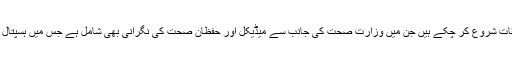
مذکورہ واقعہ منظر عام پر آنے کے بعد حکام متعدد تحقیقات شروع کر چکے ہیں جن میں وزارت صحت کی جانب سے میڈیکل اور حفظانِ صحت کی نگرانی بھی شامل ہے جس میں ہسپتال کی فارمیسی کی انتظامیہ سے بھی تفتیش کی جارہی ہے۔